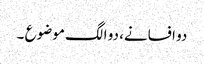
دو افسانے، دو الگ موضوع ۔